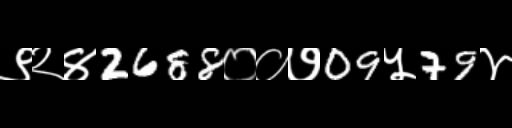
Text: ९२४2688००७09५79४